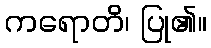
ကရောတိ၊ ပြု၏။